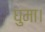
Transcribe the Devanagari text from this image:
घुमा।